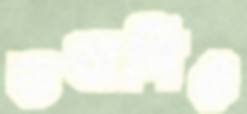
তথাপিও